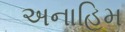
અનાહિમ